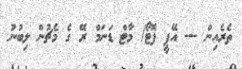
ތެރެއިން --- އޭޕީ ފޮޓޯ/ މާޓް ޑަނަމް ރޭ ގެ މެޗުން ލިބުނު